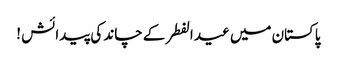
پاکستان میں عید الفطر کے چاند کی پیدائش !